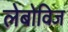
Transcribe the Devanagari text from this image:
लेबोविज